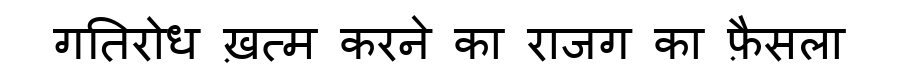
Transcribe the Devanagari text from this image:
गतिरोध ख़त्म करने का राजग का फ़ैसला